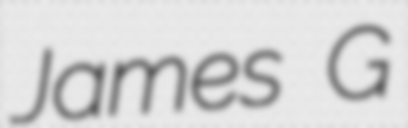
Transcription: James G